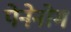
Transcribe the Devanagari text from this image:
पेनेनोम